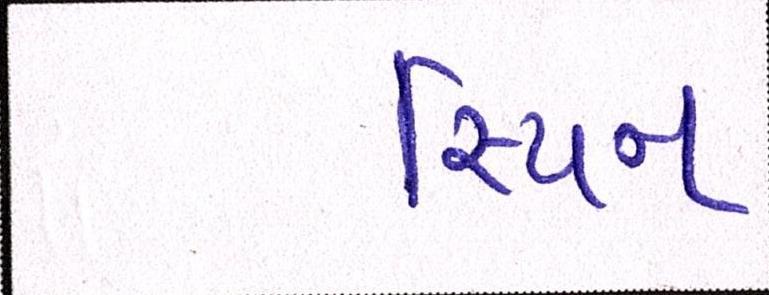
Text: સ્પિન